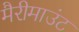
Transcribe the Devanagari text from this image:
मैरीमाउंट